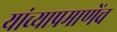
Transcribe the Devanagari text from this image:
यांच्याप्रमाणेंच